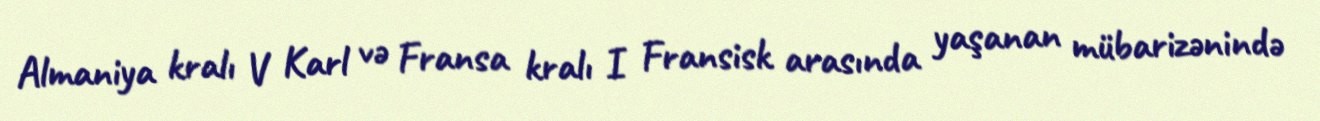
Almaniya kralı V Karl və Fransa kralı I Fransisk arasında yaşanan mübarizənində